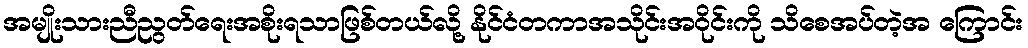
အမျိုးသားညီညွတ်ရေးအစိုးရသာဖြစ်တယ်လို့ နိုင်ငံတကာအသိုင်းအဝိုင်းကို သိစေအပ်တဲ့အ ကြောင်း